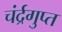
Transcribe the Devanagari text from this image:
चंर्द्रगुप्त